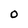
Character: O